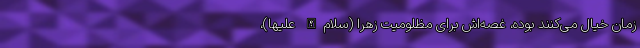
زمان خیال می‌کنند بوده، غصه‌اش برای مظلومیت زهرا (سلام‌الله علیها)،